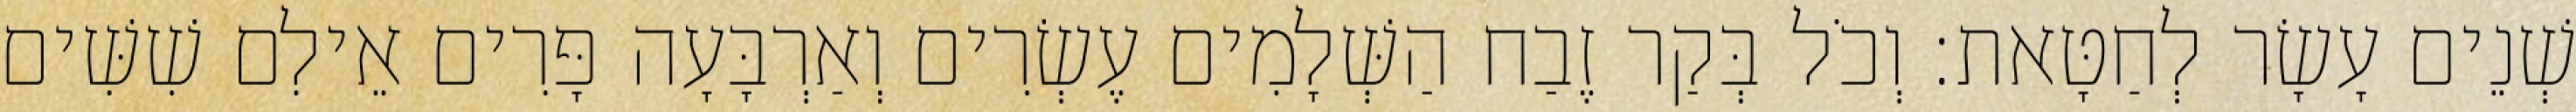
שְׁנֵים עָשָׂר לְחַטָּאת׃ וְכֹל בְּקַר זֶבַח הַשְּׁלָמִים עֶשְׂרִים וְאַרְבָּעָה פָּרִים אֵילִם שִׁשִּׁים